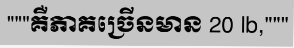
"""គឺភាគច្រើនមាន 20 lb,"""